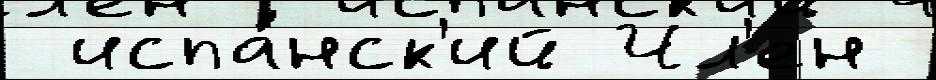
 испа́нск'ий Чл'ен